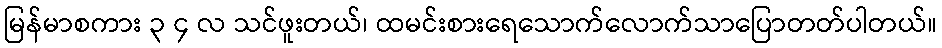
မြန်မာစကား ၃ ၄ လ သင်ဖူးတယ်၊ ထမင်းစားရေသောက်လောက်သာပြောတတ်ပါတယ်။